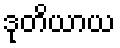
ဒုတိယာယ